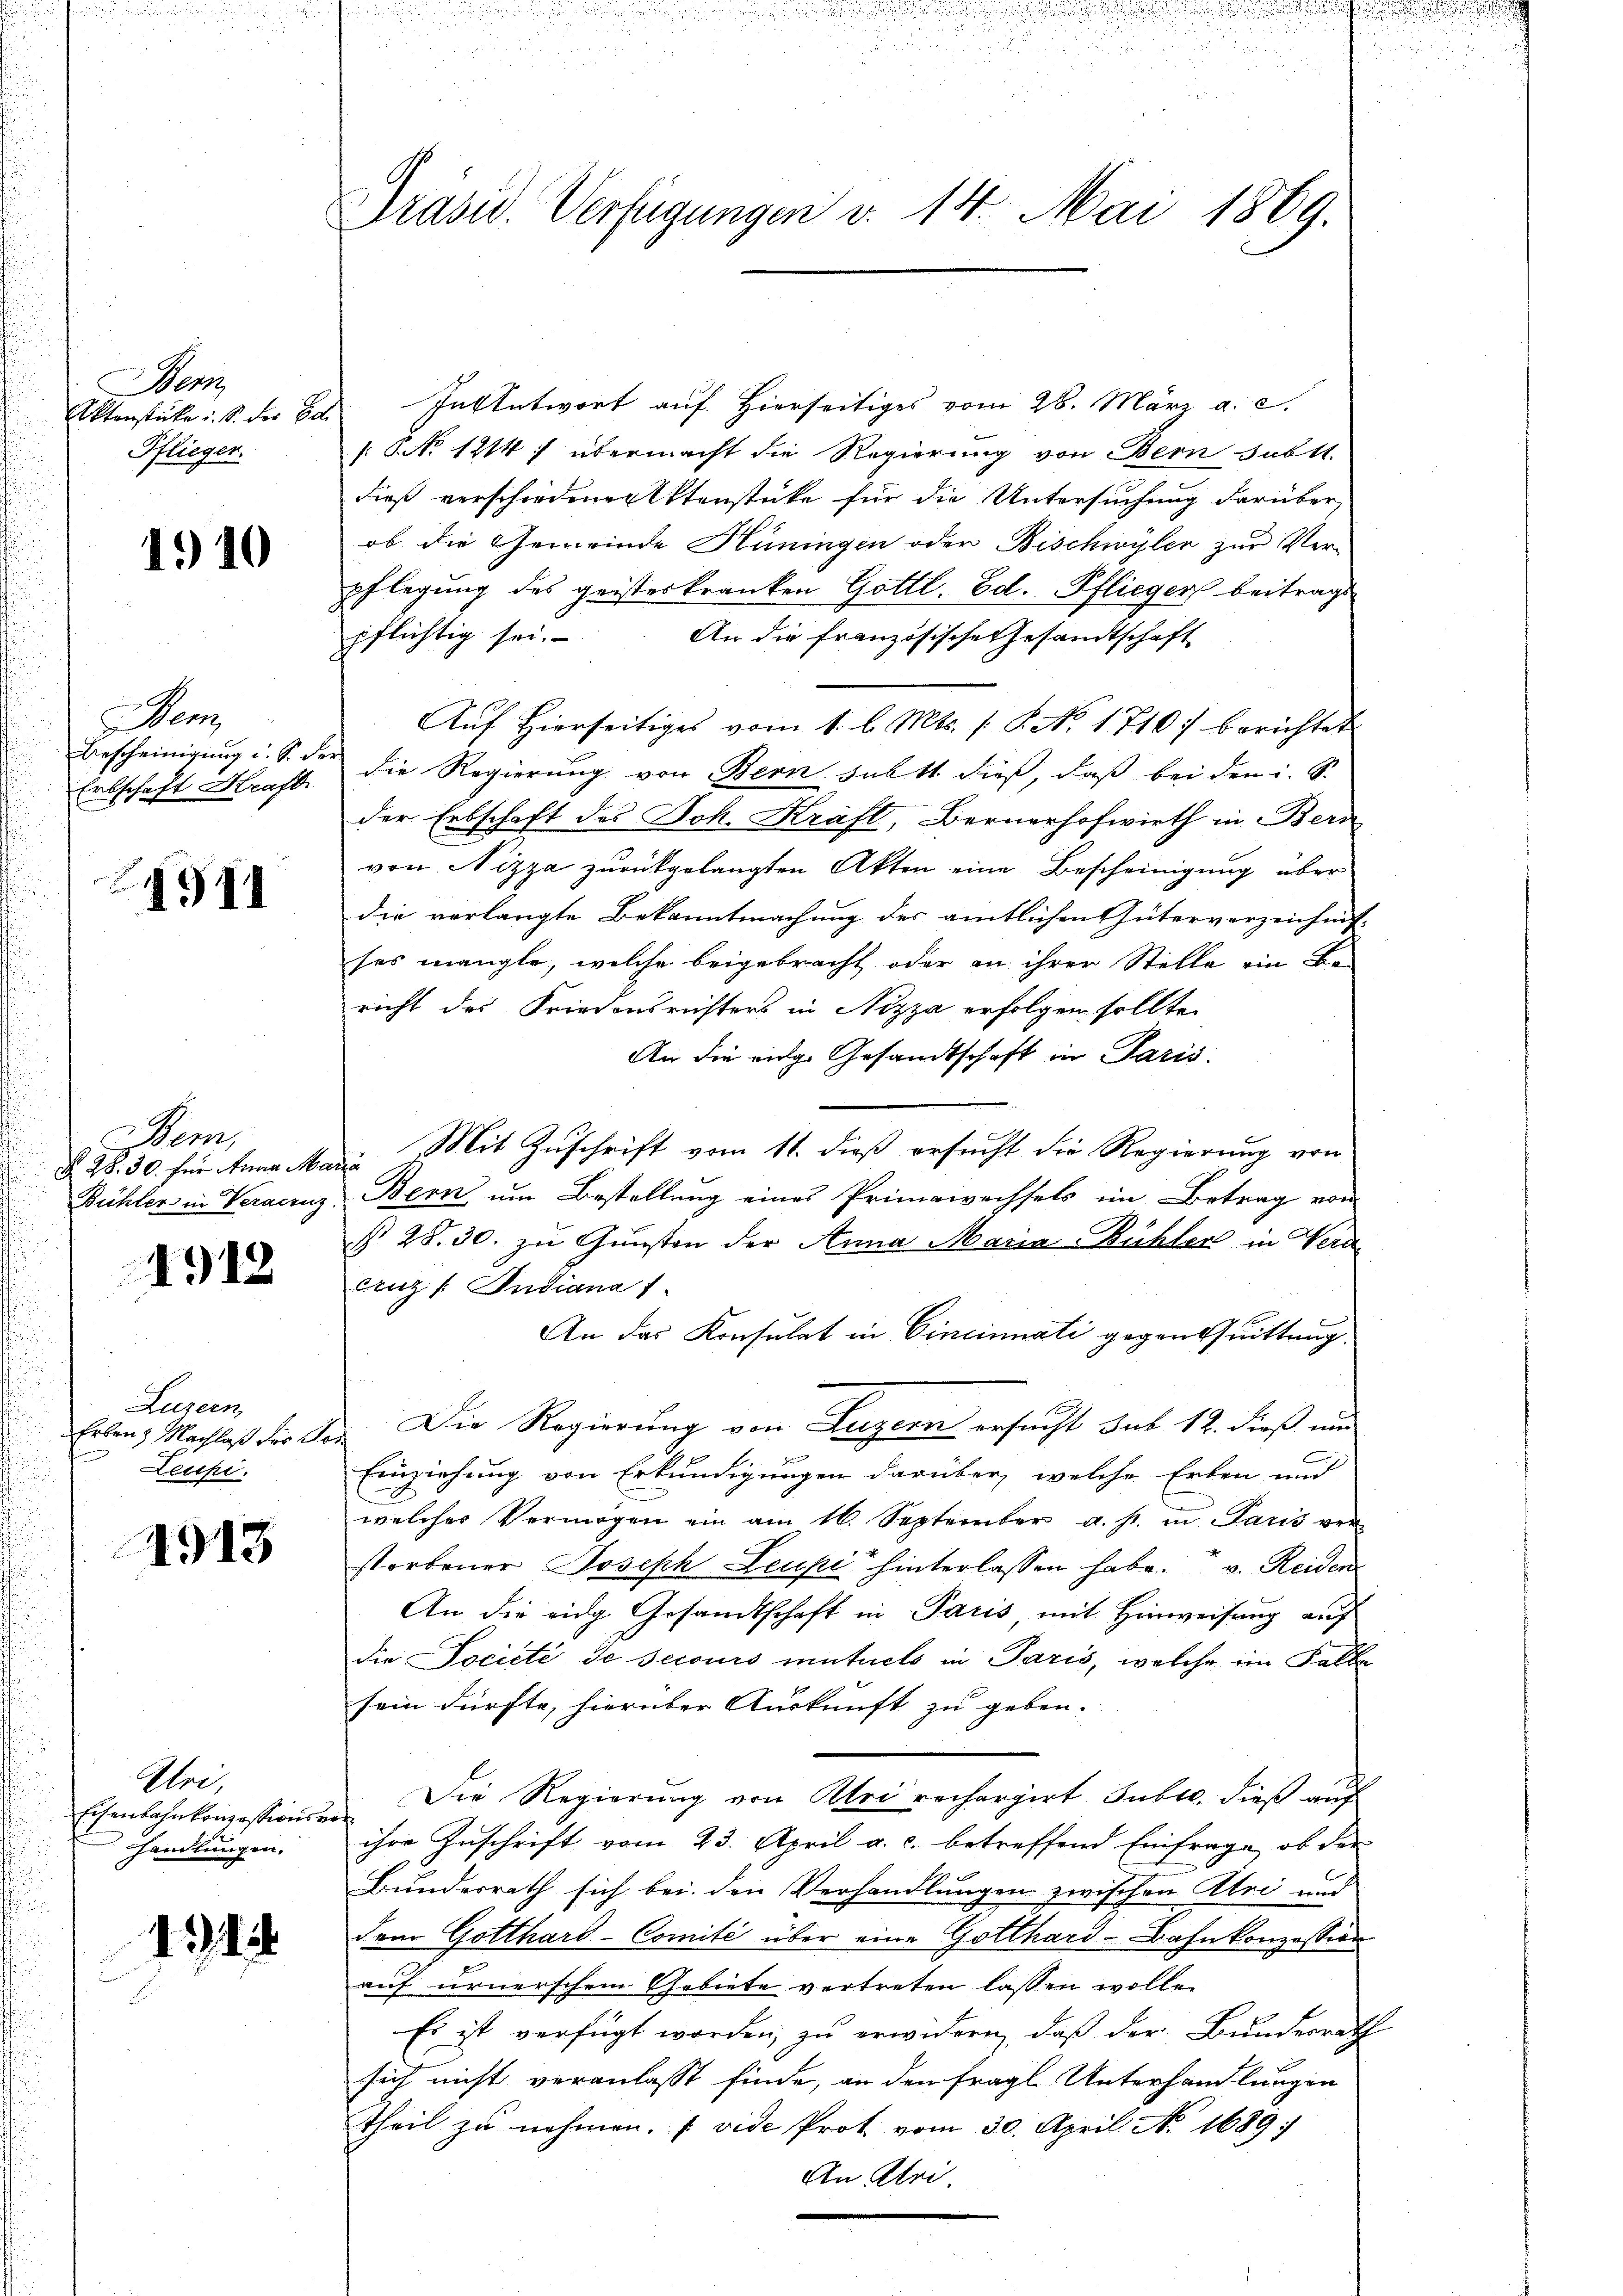
en
Aktenstücke u. S. der B.
Pflieger.

1910

em
Anscheinigung u. S. de
Erbschaft Kraft.

1911

Stem
R. 28. 30. für Anna Maria

1912

Luzern,
Erben, Nachlaß der Ver¬
Lecipi

4913

Uri,
Eisenbahnkonzessions-
handlungen.

11

Präsid. Verfügungen d. 14. Mai 1869.

Intentwort auf Hierseitiges vom 26. März a. c.
[: No 1214 f übermacht die Regierung von Bern subtt.
dieß verschiedener Aktenstücke für die Untersuchung darüber
ob die Gemeinde Hüningen oder Bischwyler zur Ver-
pflegung des geisteskranken Gottl. Ed. Pflieger beitragt
An die französische Gesandtschaft
pflichtig sei.
Aŭf Hierseitiges vom 1. l. Mts. s. S. No. 1710) berichtet
i die Regierung von Bern subtt. dieß, daß bei den i. S.
der Erbschaft des Joh. Kraft, Bernerhofwirth in Bern
von Nizza zurückgelangten Akten eine Bescheinigung über
die verlangte Bekanntmachung des amtlichen Güterverzeichnis-
ses mangle, welche beigebracht oder an ihrer Stelle ein Be-
richt des Friedensrichters in Nizza erfolgen sollte.
An die eidg. Gesandtschaft in Paris.
Mit Zuschrift vom 11. dieß ersucht die Regierung von
Bühler in Voranz, Bern um Bestellung eines Primawechsels im Betrag von
§. 28. 30. zu Gunsten der Anna Maria-Bühler in Werd¬
Anz /: Indiana 1
An das Konsulat in Cincinati gegen Quittung
Die Regierung von Luzern ersucht sub 12. dieß und
Einziehung von Erkundigungen darüber, welche Erben und
welches Vermögen ein am 16. September a. p. in Paris ver-
storbener Joseph Leupi hinterlassen habe. v. Reiden
An die eidg. Gesandtschaft in Paris mit Hinweisung auf
die Société de secours mutuels in Paris, welche im Falle
sein dürfte, hierüber Auskunft zu geben.
Die Regierung von Alri rechargirt Suble. dieß auch
t
ihre Zuschrift vom 23. April a. c. betreffend Einfrage, ob der
Bunderrath sich bei den Verhandlungen zwischen Abri und
Dem Gotthard-Comité über eine Gotthard-Bahnkonzession
auf urnerschem Gebiete vertreten lassen wollen
Es ist verfügt worden, zu erwidern, daß der Bundesrath
sich nicht veranlasst finde, an den fragl. Unterhandlungen
Theil zu nehmen. (vide Prot vom 30. April No 1689
An Ulri